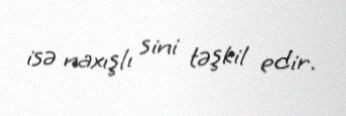
isə naxışlı sini təşkil edir.